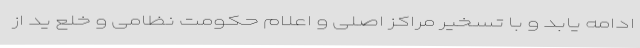
ادامه یابد و با تسخیر مراکز اصلی و اعلام حکومت نظامی و خلع ید از